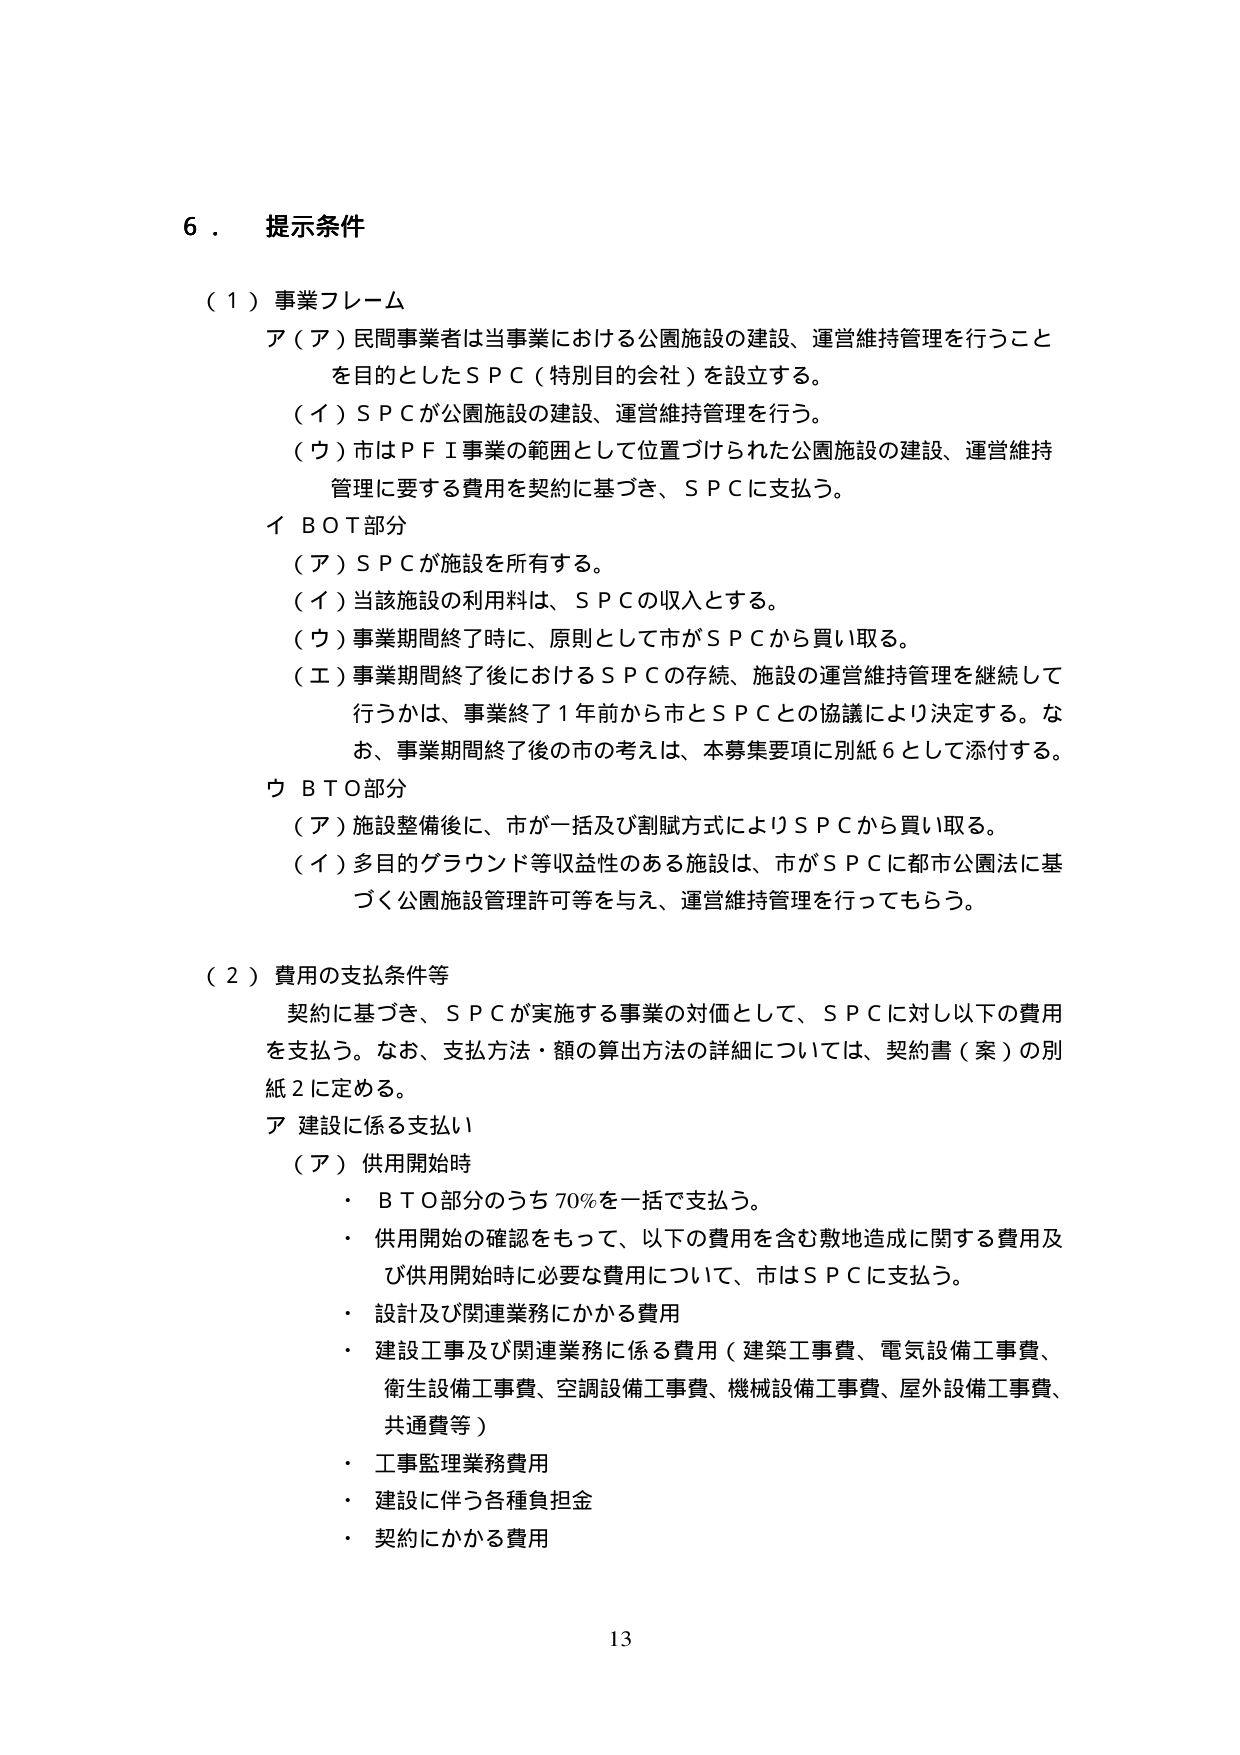
6．提示条件

（1）事業フレーム
ア（ア）民間事業者は当事業における公園施設の建設、運営維持管理を行うことを目的としたＳＰＣ（特別目的会社）を設立する。
（イ）ＳＰＣが公園施設の建設、運営維持管理を行う。
（ウ）市はＰＦＩ事業の範囲として位置づけられた公園施設の建設、運営維持管理に要する費用を契約に基づき、ＳＰＣに支払う。

イ ＢＯＴ部分
（ア）ＳＰＣが施設を所有する。
（イ）当該施設の利用料は、ＳＰＣの収入とする。
（ウ）事業期間終了時に、原則として市がＳＰＣから買い取る。
（エ）事業期間終了後におけるＳＰＣの存続、施設の運営維持管理を継続して行うかは、事業終了１年前から市とＳＰＣとの協議により決定する。なお、事業期間終了後の市の考えは、本募集要項に別紙６として添付する。

ウ ＢＴＯ部分
（ア）施設整備後に、市が一括及び割賦方式によりＳＰＣから買い取る。
（イ）多目的グラウンド等収益性のある施設は、市がＳＰＣに都市公園法に基づく公園施設管理許可等を与え、運営維持管理を行ってもらう。

（2）費用の支払条件等
契約に基づき、ＳＰＣが実施する事業の対価として、ＳＰＣに対し以下の費用を支払う。なお、支払方法・額の算出方法の詳細については、契約書（案）の別紙2に定める。

ア 建設に係る支払い
（ア）供用開始時
・ＢＴＯ部分のうち70％を一括で支払う。
・供用開始の確認をもって、以下の費用を含む敷地造成に関する費用及び供用開始時に必要な費用について、市はＳＰＣに支払う。
・設計及び関連業務にかかる費用
・建設工事及び関連業務に係る費用（建築工事費、電気設備工事費、衛生設備工事費、空調設備工事費、機械設備工事費、屋外設備工事費、共通費等）
・工事監理業務費用
・建設に伴う各種負担金
・契約にかかる費用

13